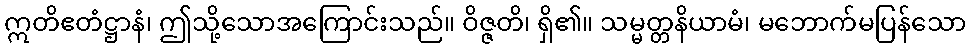
ဣတိဧတံဋ္ဌာနံ၊ ဤသို့သောအကြောင်းသည်။ ဝိဇ္ဇတိ၊ ရှိ၏။ သမ္မတ္တနိယာမံ၊ မဘောက်မပြန်သော